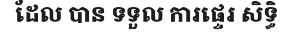
ដែល បាន ទទួល ការផ្ទេរ សិទ្ធិ